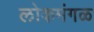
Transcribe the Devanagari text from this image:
लोकमंगळ